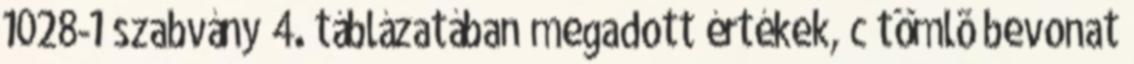
1028-1 szabvány 4. táblázatában megadott értékek, c tömlõ bevonat